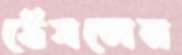
ঠেসলেম